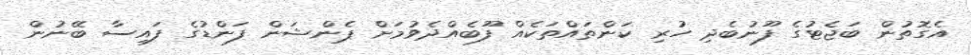
އެގޮތުން ބަޖެޓުގެ ފޫނުބެދި ހުރި ކަންތައްތަކެއް ފޫބެއްދެވުމަށް ޕެންޝަން ފަންޑުގެ ފައިސާ ބޭނުން